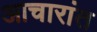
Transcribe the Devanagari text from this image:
आचारांत